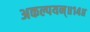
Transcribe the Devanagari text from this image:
अकल्पयन्॥१४॥